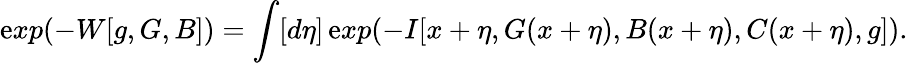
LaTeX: \mathrm{e}xp(-W[g,G,B])=\int[d\eta]\, \mathrm{e}xp(-I[x+\eta,G(x+\eta),B(x+\eta),C(x+\eta),g]).